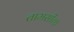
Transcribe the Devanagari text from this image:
तामसीक